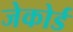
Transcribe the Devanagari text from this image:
जेकोर्ड